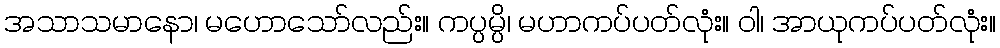
အသာသမာနော၊ မဟောသော်လည်း။ ကပ္ပမ္ပိ၊ မဟာကပ်ပတ်လုံး။ ဝါ၊ အာယုကပ်ပတ်လုံး။